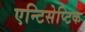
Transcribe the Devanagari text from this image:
एन्टिसेप्टिक